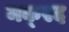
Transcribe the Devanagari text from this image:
मक्स्द